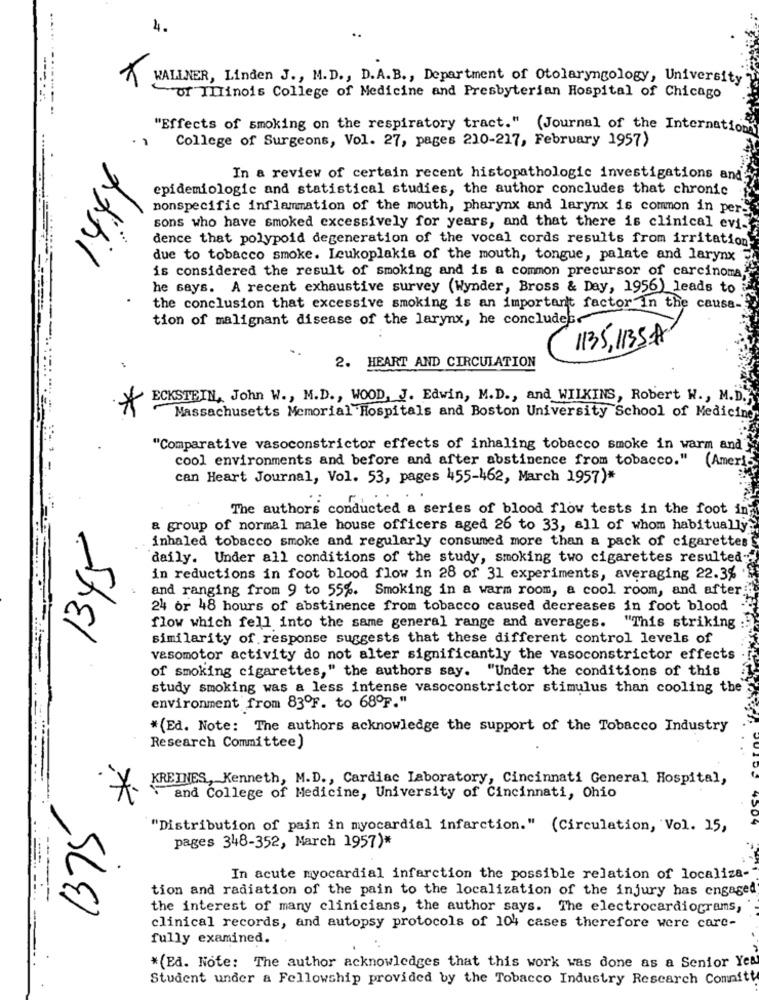
4.
WALLNER, Linden J ., M.D ., D.A.B ., Department of Otolaryngology, University
-----
Of THTinois College of Medicine and Presbyterian Hospital of Chicago
...... ......... ..
"Effects of smoking on the respiratory tract." (Journal of the Internationy
College of Surgeons, Vol. 27, pages 210-217, February 1957)
In a review of certain recent histopathologic investigations and
epidemiologic and statistical studies, the author concludes that chronic
nonspecific inflammation of the mouth, pharynx and larynx is common in pers
sons who have smoked excessively for years, and that there is clinical evi-
dence that polypoid degeneration of the vocal cords results from irritation
due to tobacco smoke. Leukoplakia of the mouth, tongue, palate and larynx
is considered the result of smoking and is a common precursor of carcinoma.
he says. A recent exhaustive survey (Wynder, Bross & Day, 1956) leads to
the conclusion that excessive smoking is an important factor in the causa-
tion of malignant disease of the larynx, he concludes
1135, 135A
2. HEART AND CIRCULATION
ECKSTEIN, John W ., M.D ., WOOD, J. Edwin, M.D ., and WILKINS, Robert W ., M.D.
*
Massachusetts Memorial Hospitals and Boston University School of Medicine
"Comparative vasoconstrictor effects of inhaling tobacco smoke in warm and'
cool environments and before and after abstinence from tobacco." (Ameris
-
can Heart Journal, Vol. 53, pages 455-462, March 1957)*
The authors conducted a series of blood flow tests in the foot in;
a group of normal male house officers aged 26 to 33, all of whom habitually'
inhaled tobacco smoke and regularly consumed more than a pack of cigarettes
daily. Under all conditions of the study, smoking two cigarettes resulted-
in reductions in foot blood flow in 28 of 31 experiments, averaging 22.3%
and ranging from 9 to 55%. Smoking in a warm room, a cool room, and after
24 or 48 hours of abstinence from tobacco caused decreases in foot blood
Stel
flow which fell into the same general range and averages. "This striking
similarity of response suggests that these different control levels of
vasomotor activity do not alter significantly the vasoconstrictor effects
of smoking cigarettes," the authors say. "Under the conditions of this
study smoking was a less intense vasoconstrictor stimulus than cooling the
environment from 83ºF. to 68ºF."
*(Ed. Note: The authors acknowledge the support of the Tobacco Industry
Research Committee)
KREINES, Kenneth, M.D ., Cardiac Laboratory, Cincinnati General Hospital,
and College of Medicine, University of Cincinnati, Ohio
1375
"Distribution of pain in myocardial infarction." (Circulation, Vol. 15,
pages 348-352, March 1957)*
---
In acute myocardial infarction the possible relation of localiza-
tion and radiation of the pain to the localization of the injury has engaged
the interest of many clinicians, the author says. The electrocardiograms,
clinical records, and autopsy protocols of 104 cases therefore were care-
fully examined.
--
*(Ed. Note: The author acknowledges that this work was done as a Senior Year
Student under a Fellowship provided by the Tobacco Industry Research Comnitt